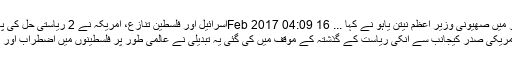
اپنی گفت و گو کے آغاز میں صھیونی وزیر اعظم نیتن یاہو نے کہا ... 16 Feb 2017 04:09اسرائیل اور فلسطین تنازع، امریکہ نے 2 ریاستی حل کی پالیسی کو خیرباد کہہ دیا
امریکی صدر کیجانب سے انکی ریاست کے گذشتہ کے موقف میں کی گئی یہ تبدیلی نے عالمی طور پر فلسطینوں میں اضطراب اور مایوسی پیدا کر دی ہے۔